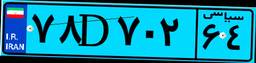
۷۸D۷۰۲۶۴